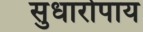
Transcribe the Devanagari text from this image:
सुधारोपाय